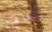
تكافح